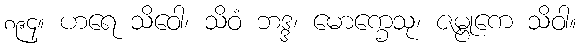
၈၉၄။ ဟရေ သိဝေါ၊ သိဝံ ဘဒ္ဒ၊ မောက္ခေသု၊ ဇမ္ဗုကေ သိဝါ။